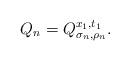
LaTeX: \begin{align*}Q_n=Q_{\sigma_n,\rho_n}^{x_1,t_1}.\end{align*}